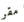
مقر